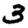
Digit: 3